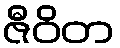
ဇီဝိတ